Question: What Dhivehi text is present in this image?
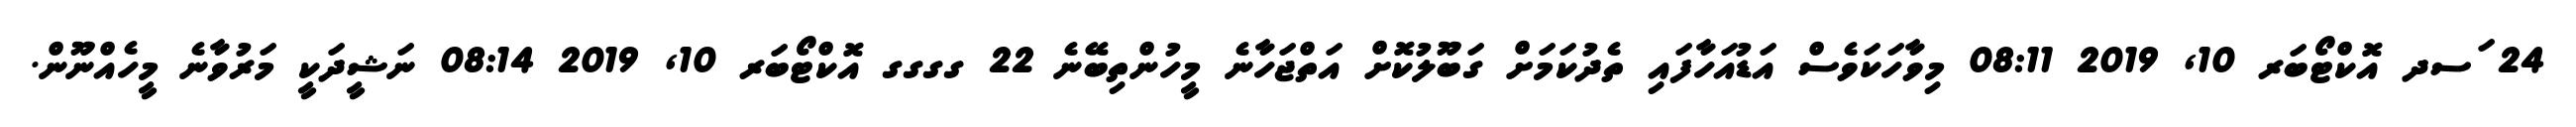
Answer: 24 ަސދ އޮކްޓޯބަރ 10, 2019 08:11 މިވާހަކަވެސް އަޑުއަހާފައި ތެދުކަމަށް ގަބޫލުކޮށް އަތްޖަހާނެ މީހުންތިބޭނެ 22 ގގގގ އޮކްޓޯބަރ 10, 2019 08:14 ނަޝީދަކީ މަރުވާނެ މީހެއްނޫން.